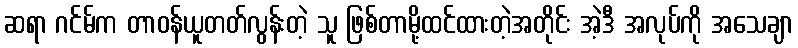
ဆရာ ဂင်မ်က တာဝန်ယူတတ်လွန်းတဲ့ သူ ဖြစ်တာမို့ထင်ထားတဲ့အတိုင်း အဲ့ဒီ အလုပ်ကို အသေချာ